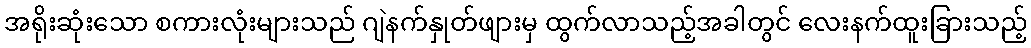
အရိုးဆုံးသော စကားလုံးများသည် ဂျဲနက်နှုတ်ဖျားမှ ထွက်လာသည့်အခါတွင် လေးနက်ထူးခြားသည့်